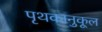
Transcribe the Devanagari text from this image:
पृथकानुकूल